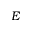
E